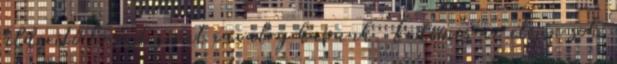
felderítő lovast scout cavalry kapunk. Érdemes az elején sok